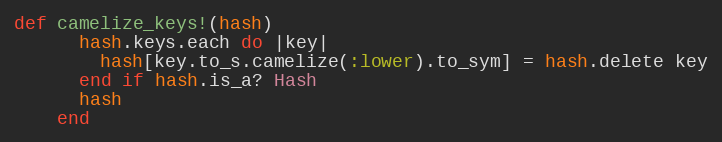
Language: Ruby
def camelize_keys!(hash)
      hash.keys.each do |key|
        hash[key.to_s.camelize(:lower).to_sym] = hash.delete key
      end if hash.is_a? Hash
      hash
    end